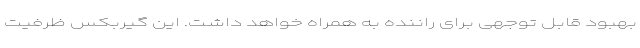
بهبود قابل توجهی برای راننده به همراه خواهد داشت. این گیربکس ظرفیت